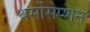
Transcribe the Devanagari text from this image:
थर्मोसेप्शन